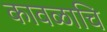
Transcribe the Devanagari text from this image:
कावळाचि